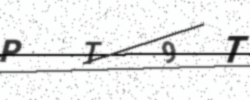
Text: PT9T